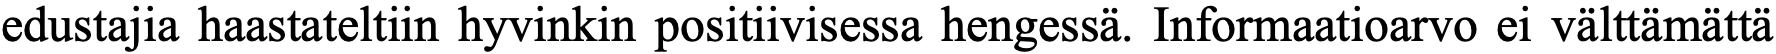
edustajia haastateltiin hyvinkin positiivisessa hengessä. Informaatioarvo ei välttämättä